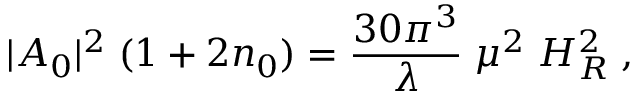
| A _ { 0 } | ^ { 2 } \; ( 1 + 2 n _ { 0 } ) = \frac { 3 0 \pi ^ { 3 } } { \lambda } \; \mu ^ { 2 } \; H _ { R } ^ { 2 } \; ,